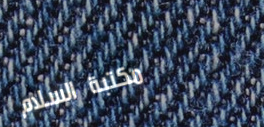
مكتبة السلام